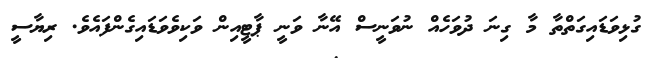
ގުޅިވަޑައިގަތްތާ މާ ގިނަ ދުވަހެއް ނުވަނީސް އޭނާ ވަނީ ޕާޓީއިން ވަކިވެވަޑައިގެންފައެވެ. ރިޔާސީ